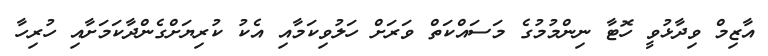
އާޒިމް ވިދާޅުވީ ހޮޓާ ނިންމުމުގެ މަސައްކަތް ވަރަށް ހަލުވިކަމާއި އެކު ކުރިޔަށްގެންދާކަމަށާއި ހުރިހާ